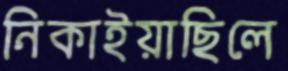
নিকাইয়াছিলে